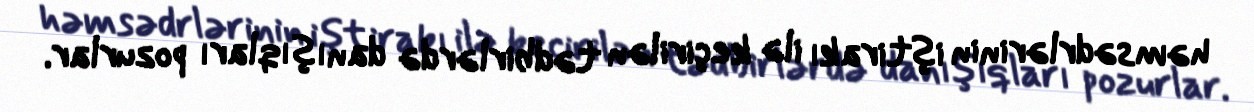
həmsədrlərinin iştirakı ilə keçirilən tədbirlərdə danışıqları pozurlar.